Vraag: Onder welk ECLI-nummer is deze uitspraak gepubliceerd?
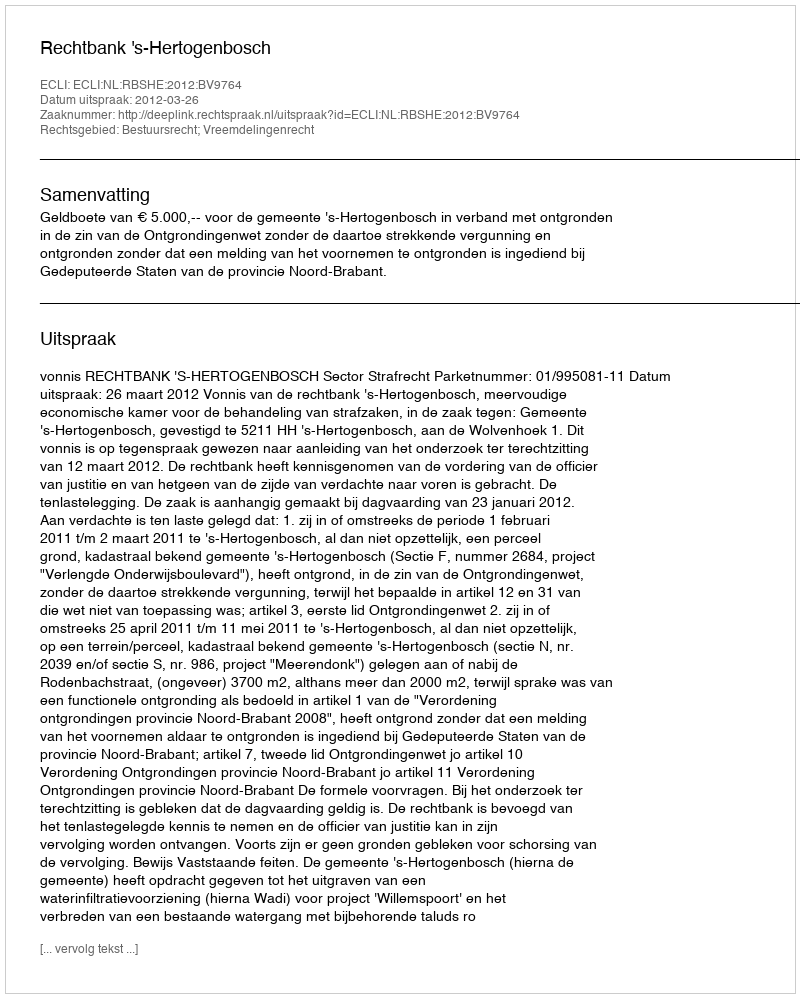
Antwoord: ECLI:NL:RBSHE:2012:BV9764